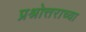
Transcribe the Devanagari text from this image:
प्रश्नोत्तराच्या